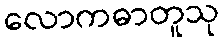
လောကဓာတူသု